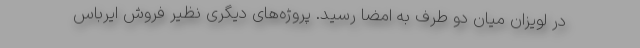
در لویزان میان دو طرف به امضا رسید. پروژه‌های دیگری نظیر فروش ایرباس